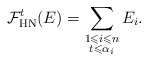
\begin{align*}\mathcal F_{\mathrm{HN}}^t(E)=\sum_{\begin{subarray}{c}1\leqslant i\leqslant n\\t\leqslant\alpha_i\end{subarray}}E_i.\end{align*}